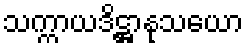
သက္ကာယဒိဋ္ဌာနုသယော